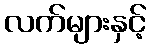
လက်များနှင့်